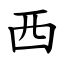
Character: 西